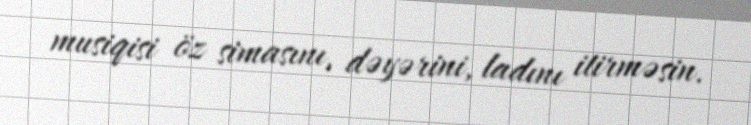
musiqisi öz simasını, dəyərini, ladını itirməsin.